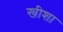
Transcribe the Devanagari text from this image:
खीशा